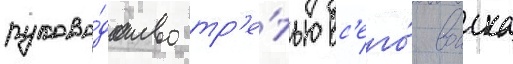
руково́дство тр'е́тью вс'его́ воиска